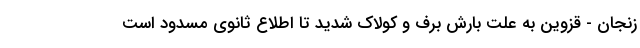
زنجان - قزوین به علت بارش برف و کولاک شدید تا اطلاع ثانوی مسدود است